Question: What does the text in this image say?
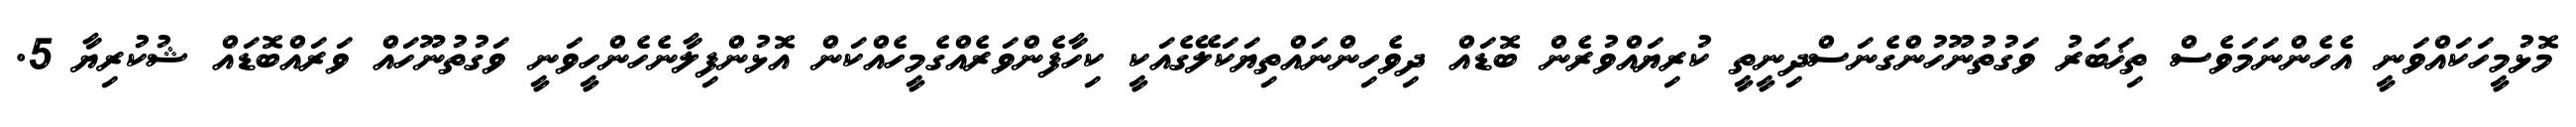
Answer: މޮޅުމީހަކައްވަނީ އެހެންނަމަވެސް ތިޚަބަރު ވަގުތުނޫހުންގެނަސްދިނީތީ ކުރިޔައްވުރެން ބޮޑައް ދިވެހިންނައްތިޔަކަލޭގެއަކީ ކިހާފެންވަރެއްގެމީހެއްކަން އޮޅުންފިލާނެހެންހީވަނީ ވަގުތުނޫހައް ވަރައްބޮޑައް ޝުކުރިޔާ 5.